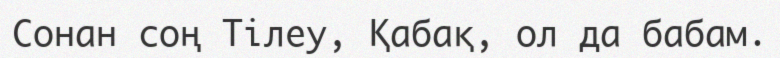
Сонан соң Тілеу, Қабақ, ол да бабам.